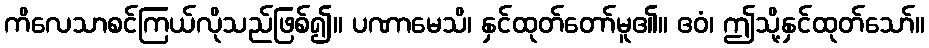
ကိလေသာစင်ကြယ်လိုသည်ဖြစ်၍။ ပဏာမေသိ၊ နှင်ထုတ်တော်မူ၏။ ဧဝံ၊ ဤသို့နှင်ထုတ်သော်။